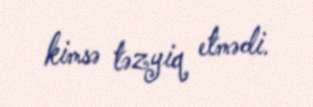
kimsə təzyiq etmədi.